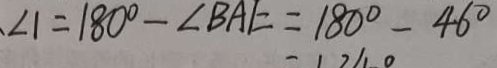
\angle 1 = 1 8 0 ^ { \circ } - \angle B A E = 1 8 0 ^ { \circ } - 4 6 ^ { \circ }